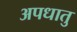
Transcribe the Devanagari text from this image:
अपधातु